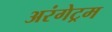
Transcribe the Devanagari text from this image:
अरंगेट्रम